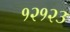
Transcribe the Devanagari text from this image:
१२१२३